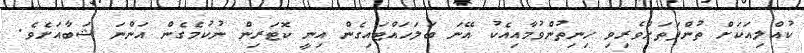
ކުއްލިއަކަށް ތުންފަތަށްވެރިވި ހިނިތުންވުމާއިއެކު އޭނަ ބަލަހައްޓައިގެން އިނީ ކޮޓަރިން ނުކުމެގެން އަންނަ ޝަބާއަށެވެ.